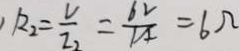
R _ { 2 } = \frac { U } { 2 _ { 2 } } = \frac { 6 2 } { 1 4 } = 6 \Omega